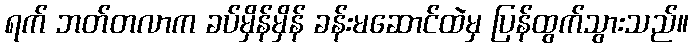
ရက် ဘတ်တလာက ခပ်မှိန်မှိန် ခန်းမဆောင်ထဲမှ ပြန်ထွက်သွားသည်။